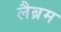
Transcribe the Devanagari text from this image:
लैब्रम